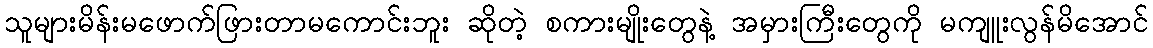
သူများမိန်းမဖောက်ဖြားတာမကောင်းဘူး ဆိုတဲ့ စကားမျိုးတွေနဲ့ အမှားကြီးတွေကို မကျူးလွန်မိအောင်